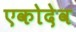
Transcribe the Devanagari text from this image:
एकोदेव